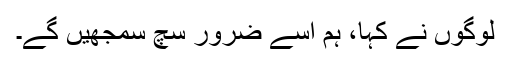
لوگوں نے کہا، ہم اسے ضرور سچ سمجھیں گے۔